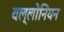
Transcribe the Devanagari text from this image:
वल्लोनियन